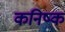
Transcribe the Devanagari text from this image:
कनिष्‍क